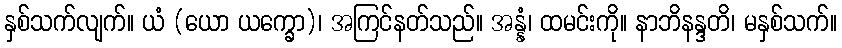
နှစ်သက်လျက်။ ယံ (ယော ယက္ခော)၊ အကြင်နတ်သည်။ အန္နံ၊ ထမင်းကို။ နာဘိနန္ဒတိ၊ မနှစ်သက်။